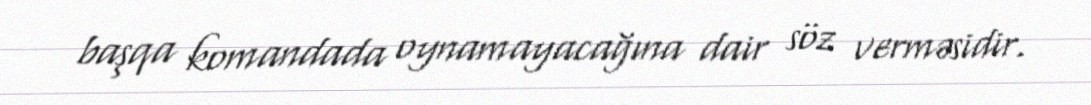
başqa komandada oynamayacağına dair söz verməsidir.